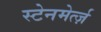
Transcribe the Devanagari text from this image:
स्टेनमेर्त्ज़